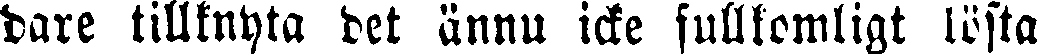
dare tillknyta det ännu icke fullkomligt lösta